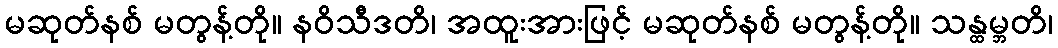
မဆုတ်နစ် မတွန့်တို။ နဝိသီဒတိ၊ အထူးအားဖြင့် မဆုတ်နစ် မတွန့်တို။ သန္ထမ္ဘတိ၊